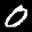
Label: 0